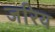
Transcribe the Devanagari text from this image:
जरिय